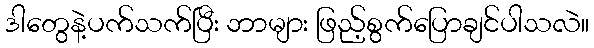
ဒါတွေနဲ့ပက်သက်ပြီး ဘာများ ဖြည့်စွက်ပြောချင်ပါသလဲ။